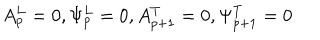
LaTeX: A _ { p } ^ { L } = 0 , \Psi _ { p } ^ { L } = 0 , A _ { p + 1 } ^ { T } = 0 , \Psi _ { p + 1 } ^ { T } = 0